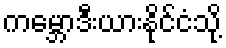
ကမ္ဘောဒီးယားနိုင်ငံသို့